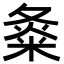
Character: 𡕝